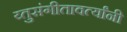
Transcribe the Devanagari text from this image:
य्तुसंगीतावर्त्यांनी